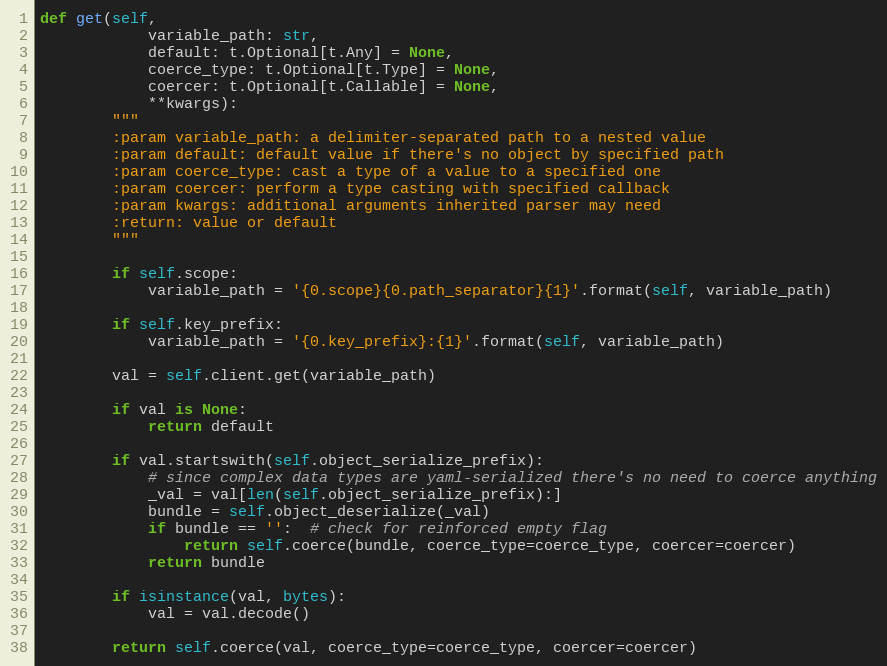
Language: Python
def get(self,
            variable_path: str,
            default: t.Optional[t.Any] = None,
            coerce_type: t.Optional[t.Type] = None,
            coercer: t.Optional[t.Callable] = None,
            **kwargs):
        """
        :param variable_path: a delimiter-separated path to a nested value
        :param default: default value if there's no object by specified path
        :param coerce_type: cast a type of a value to a specified one
        :param coercer: perform a type casting with specified callback
        :param kwargs: additional arguments inherited parser may need
        :return: value or default
        """

        if self.scope:
            variable_path = '{0.scope}{0.path_separator}{1}'.format(self, variable_path)

        if self.key_prefix:
            variable_path = '{0.key_prefix}:{1}'.format(self, variable_path)

        val = self.client.get(variable_path)

        if val is None:
            return default

        if val.startswith(self.object_serialize_prefix):
            # since complex data types are yaml-serialized there's no need to coerce anything
            _val = val[len(self.object_serialize_prefix):]
            bundle = self.object_deserialize(_val)
            if bundle == '':  # check for reinforced empty flag
                return self.coerce(bundle, coerce_type=coerce_type, coercer=coercer)
            return bundle

        if isinstance(val, bytes):
            val = val.decode()

        return self.coerce(val, coerce_type=coerce_type, coercer=coercer)